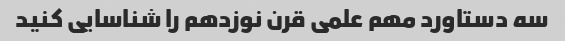
سه دستاورد مهم علمی قرن نوزدهم را شناسایی کنید